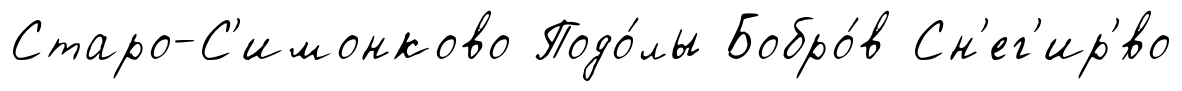
Старо-С'имонково Подо́лы Бобро́в Сн'ег'ир'́во